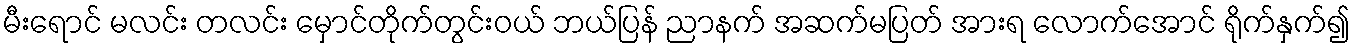
မီးရောင် မလင်း တလင်း မှောင်တိုက်တွင်းဝယ် ဘယ်ပြန် ညာနက် အဆက်မပြတ် အားရ လောက်အောင် ရိုက်နှက်၍